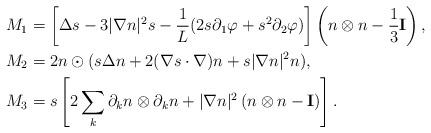
LaTeX: \begin{align*}M_1 & = \left[ \Delta s - 3|\nabla n|^2 s -\frac{1}{L}(2s\partial_1\varphi + s^2 \partial_2\varphi)\right]\left(n\otimes n-\frac{1}{3} \mathbf I\right), \\M_2 & =2n \odot (s\Delta n + 2(\nabla s\cdot \nabla)n + s|\nabla n|^2 n),\\M_3 & = s \left[ 2\sum_k \partial_k n \otimes\partial_k n + |\nabla n|^2 \left( n\otimes n-\mathbf I\right) \right].\end{align*}